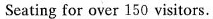
Seating for over 150 visitors.